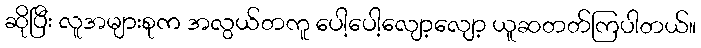
ဆိုပြီး လူအများစုက အလွယ်တကူ ပေါ့ပေါ့လျော့လျော့ ယူဆတတ်ကြပါတယ်။